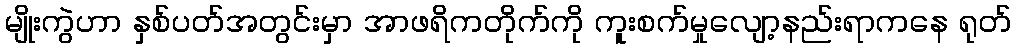
မျိုးကွဲဟာ နှစ်ပတ်အတွင်းမှာ အာဖရိကတိုက်ကို ကူးစက်မှုလျော့နည်းရာကနေ ရုတ်